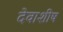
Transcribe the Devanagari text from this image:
देवाशीष